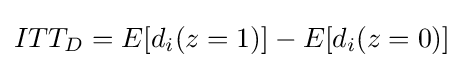
ITT_{D}=E[d_{i}(z=1)]-E[d_{i}(z=0)]